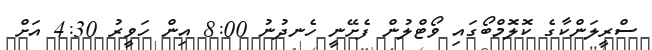
ސްރީލަންކާގެ ކޮލޮމްބޯގައި ވޯޓްލުން ފެށޭނީ ހެނދުނު 8:00 އިން ހަވީރު 4:30 އަށް